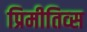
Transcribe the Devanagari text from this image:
प्रिमीतिव्स